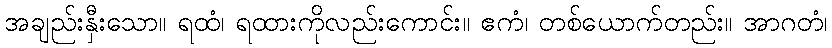
အချည်းနှီးသော။ ရထံ၊ ရထားကိုလည်းကောင်း။ ဧကံ၊ တစ်ယောက်တည်း။ အာဂတံ၊